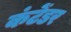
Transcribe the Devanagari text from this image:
कंटेंडर